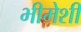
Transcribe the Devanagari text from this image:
भीमेशी